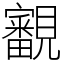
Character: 覾